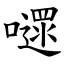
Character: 嚃